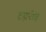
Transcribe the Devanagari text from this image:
टक्करीत